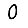
Digit: 0